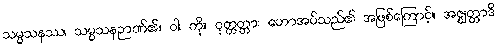
သမ္မသနဿ၊ သမ္မသနဉာဏ်၏။ ဝါ၊ ကို။ ဝုတ္တတ္တာ၊ ဟောအပ်သည်၏ အဖြစ်ကြောင့်။ အဇ္ဈတ္တာဒိ